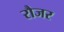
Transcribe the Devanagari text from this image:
रौजर